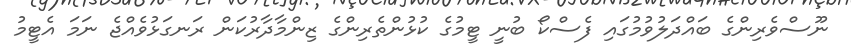
ނޫސްވެރިންގެ ބައްދަލުވުމުގައި ފެސްކޯ ބުނީ ޓީމުގެ ކުޅުންތެރިންގެ ޒިންމާދާރުކަން ރަނގަޅުވެއްޖެ ނަމަ އެޓީމު